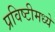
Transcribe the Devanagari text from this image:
प्रविष्टीमध्ये